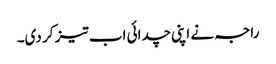
راجہ نے اپنی چدائی اب تیز کر دی۔